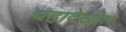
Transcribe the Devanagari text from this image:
चहादेखील